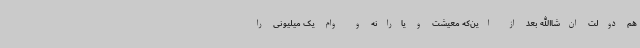
هم دولت ان‌شاالله بعد از این‌که معیشت و یارانه و وام یک میلیونی را